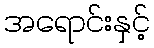
အရောင်းနှင့်